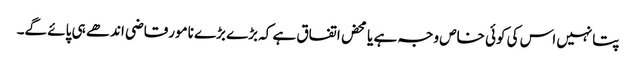
پتانہیں اس کی کوئی خاص وجہ ہے یا محض اتفاق ہے کہ بڑے بڑے نامورقاضی اندھے ہی پائے گے۔